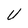
Character: U